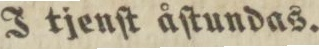
I tjenſt åſtundas.